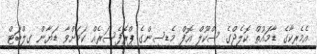
އެމެރިކާގެ ޑާމައުތް ކޮލެޖްގެ ސްކޫލް އޮފް މެޑިސިންގެ ޕްރޮފެސަރެއް ކަމަށްވާ ޑަޔާން ގިލްބަޓް